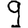
Digit: 9